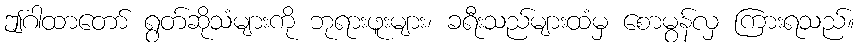
ဤဂါထာတော် ရွတ်ဆိုသံများကို ဘုရားဖူးများ၊ ခရီးသည်များထံမှ စောမွန်လှ ကြားရသည်။